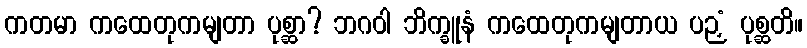
ကတမာ ကထေတုကမျတာ ပုစ္ဆာ? ဘဂဝါ ဘိက္ခူနံ ကထေတုကမျတာယ ပဉှံ ပုစ္ဆတိ။